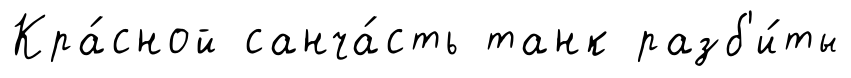
Кра́сной санча́сть танк разб'и́ты